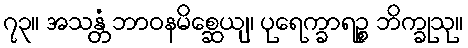
၇၃။ အသန္တံ ဘာဝနမိစ္ဆေယျ၊ ပုရေက္ခာရဉ္စ ဘိက္ခုသု။